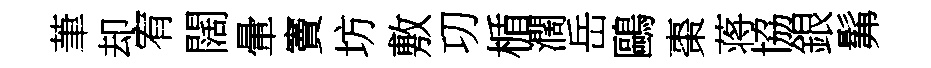
茟却宥闊暈竇坊敷㓛楯濶岳鷗棗蒋協銀髴